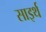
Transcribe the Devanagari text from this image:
साइर्थ